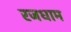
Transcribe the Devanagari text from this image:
रजधाम